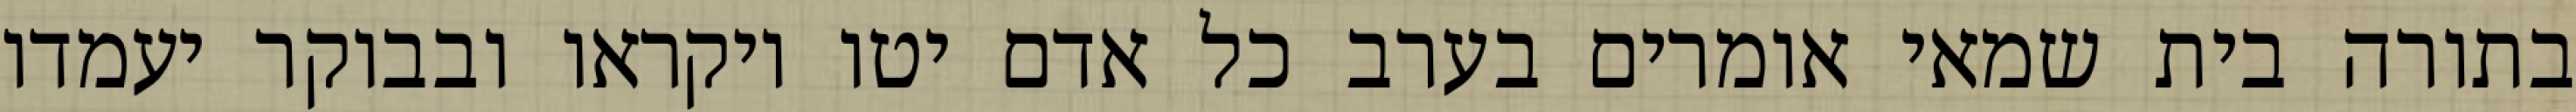
בתורה בית שמאי אומרים בערב כל אדם יטו ויקראו ובבוקר יעמדו